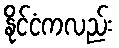
နိုင်ငံကလည်း